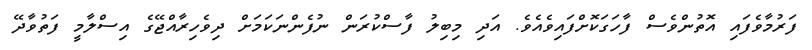
ފަރުމާވެފައި އޮތުންވެސް ފާހަގަކޮށްފައިވެއެވެ. އަދި މިބިލު ފާސްކުރަން ނުފެންނަކަމަށް ދިވެހިރާއްޖޭގެ އިސްލާމީ ފަތުވާދޭ